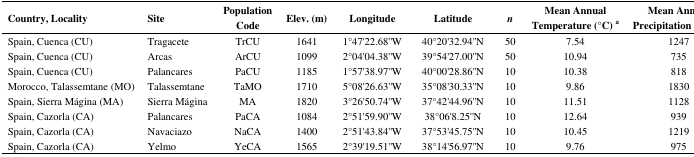
| Country, Locality | Site | Population Code | Elev. (m) | Longitude | Latitude | n | Mean Annual Temperature (°C) a | Mean Annual Precipitation (mm) a |
 | --- | --- | --- | --- | --- | --- | --- | --- | --- |
 | Spain, Cuenca (CU) | Tragacete | TrCU | 1641 | 1°47′22.68′′W | 40°20′32.94′′N | 50 | 7.54 | 1247 |
 | Spain, Cuenca (CU) | Arcas | ArCU | 1099 | 2°04′04.38′′W | 39°54′27.00′′N | 50 | 10.94 | 735 |
 | Spain, Cuenca (CU) | Palancares | PaCU | 1185 | 1°57′38.97′′W | 40°00′28.86′′N | 10 | 10.38 | 818 |
 | Morocco, Talassemtane (MO) | Talassemtane | TaMO | 1710 | 5°08′26.63′′W | 35°08′30.33′′N | 10 | 9.86 | 1830 |
 | Spain, Sierra Mágina (MA) | Sierra Mágina | MA | 1820 | 3°26′50.74′′W | 37°42′44.96′′N | 10 | 11.51 | 1128 |
 | Spain, Cazorla (CA) | Palancares | PaCA | 1084 | 2°51′59.90′′W | 38°06′8.25′′N | 10 | 12.64 | 939 |
 | Spain, Cazorla (CA) | Navaciazo | NaCA | 1400 | 2°51′43.84′′W | 37°53′45.75′′N | 10 | 10.45 | 1219 |
 | Spain, Cazorla (CA) | Yelmo | YeCA | 1565 | 2°39′19.51′′W | 38°14′56.97′′N | 10 | 9.76 | 975 |